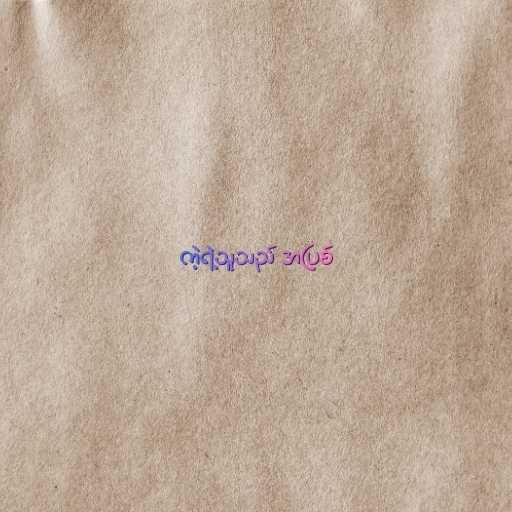
ကဲ့ရဲ့သူသည် အပြစ်